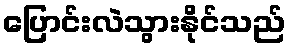
ပြောင်းလဲသွားနိုင်သည်